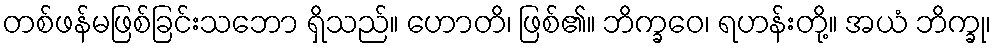
တစ်ဖန်မဖြစ်ခြင်းသဘော ရှိသည်။ ဟောတိ၊ ဖြစ်၏။ ဘိက္ခဝေ၊ ရဟန်းတို့။ အယံ ဘိက္ခု၊